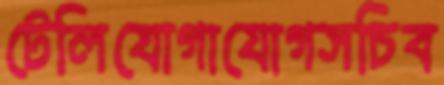
টেলিযোগাযোগসচিব